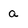
Character: a